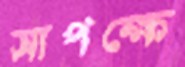
সাপক্ষে